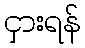
ငှားရန်